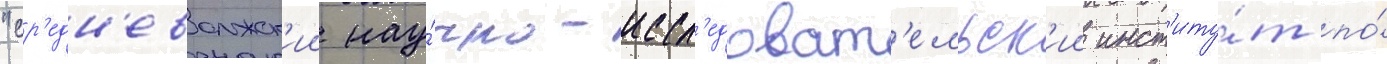
"ср'едн'еволжск'ии нау́чно-иссл'едоват'ельск'ии инст'иту́т по́